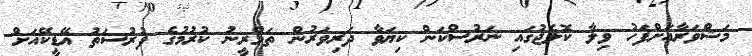
މަޝްވަރާއަށްފަހު ވިލާ ކޮލެޖުގައި ނަރުސްކަން ކިޔަވާ ދަރިވަރުން ތަމްރީނު ކުރުމުގެ ފުރުސަތު އޭޑީކޭއަށް